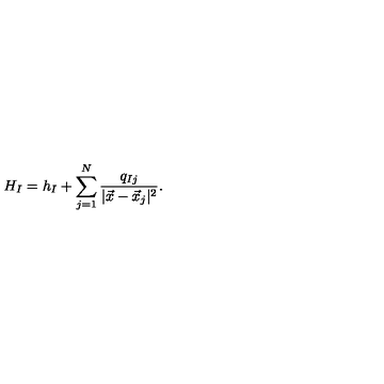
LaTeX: H _ { I } = h _ { I } + \sum _ { j = 1 } ^ { N } \frac { q _ { I j } } { | \vec { x } - \vec { x } _ { j } | ^ { 2 } } .